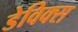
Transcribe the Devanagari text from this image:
डेविक्स